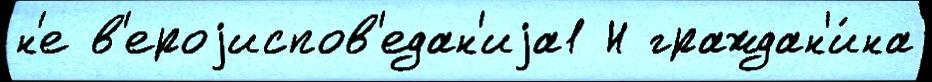
н'е в'ероjиспов'едан'иjа1 Н граждан'и́на